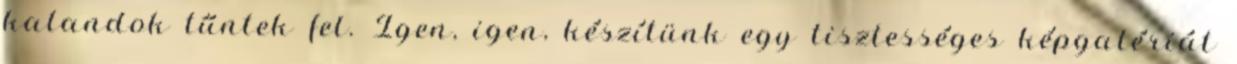
kalandok tűntek fel. Igen, igen, készítünk egy tisztességes képgalériát